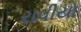
રાવીયા